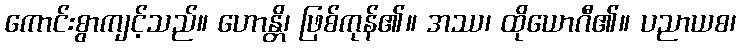
ကောင်းစွာကျင့်သည်။ ဟောန္တိ၊ ဖြစ်ကုန်၏။ အဿ၊ ထိုယောဂီ၏။ ပညာယစ၊